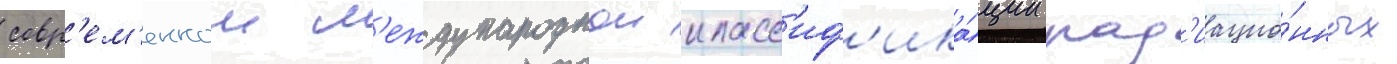
совр'ем'еннои м'еждународнои класс'иф'ика́ции рад'иацио́нных